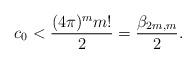
LaTeX: \begin{align*}c_0 < \frac{(4 \pi)^m m!}{2}= \frac{\beta_{2m,m}}{2}. \end{align*}